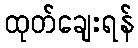
ထုတ်ချေးရန်